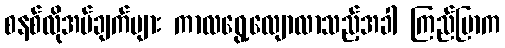
စနစ်လိုအပ်ချက်များ ကာလရွေ့လျောလာသည့်အခါ ကြည်ပြာက